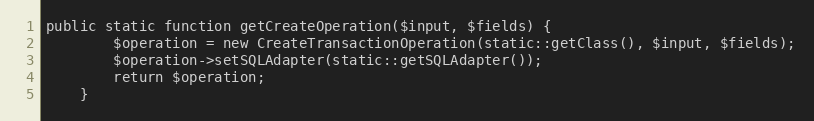
Language: PHP
public static function getCreateOperation($input, $fields) {
		$operation = new CreateTransactionOperation(static::getClass(), $input, $fields);
		$operation->setSQLAdapter(static::getSQLAdapter());
		return $operation;
	}